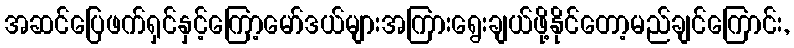
အဆင်ပြေဖက်ရှင်နှင့်ကြော့မော်ဒယ်များအကြားရွေးချယ်ဖို့နိုင်တော့မည်ချင်ကြောင်း,